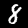
Digit: 8